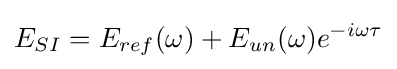
E_{SI}=E_{ref}(\omega )+E_{un}(\omega )e^{-i\omega \tau }